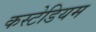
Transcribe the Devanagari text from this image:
कस्टेडियम